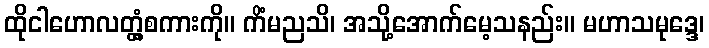
ထိုငါဟောလတ္တံ့စကားကို။ ကိံမညသိ၊ အသို့အောက်မေ့သနည်း။ မဟာသမုဒ္ဒေ၊